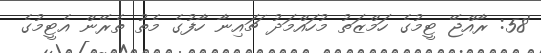
'58: ރާއްޖޭ ޓީމުގެ ހަމްޒަތު މުހައްމަދު ޗައިނާ ހާފުގެ މެތު ތެރޭން އެޓީމުގެ